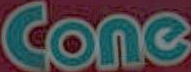
Conc